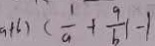
a + b ) ( \frac { 1 } { a } + \frac { 9 } { b } \vert - 1